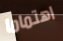
اهتماما